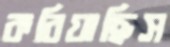
করিয়াছিস